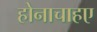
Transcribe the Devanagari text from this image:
होनाचाहए